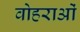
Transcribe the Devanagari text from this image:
वोहराओं